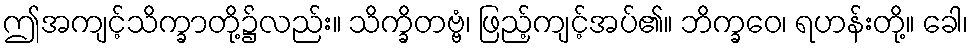
ဤအကျင့်သိက္ခာတို့၌လည်း။ သိက္ခိတဗ္ဗံ၊ ဖြည့်ကျင့်အပ်၏။ ဘိက္ခဝေ၊ ရဟန်းတို့။ ခေါ၊